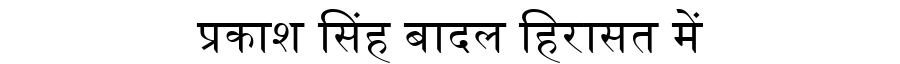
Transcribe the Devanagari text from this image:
प्रकाश सिंह बादल हिरासत में